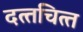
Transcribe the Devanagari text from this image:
दत्‍तचित्‍त